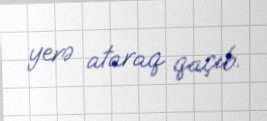
yerə ataraq qaçıb.